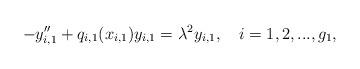
LaTeX: \begin{align*}-y_{i,1}^{\prime\prime}+q_{i,1}(x_{i,1})y_{i,1}=\lambda^2y_{i,1}, \ \ \ i=1,2,..., g_1,\end{align*}